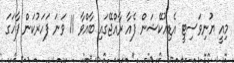
މިއީ ޔުނިވަސިޓީ އެޑިއުކޭޝަން ފެއާ ރާއްޖޭގައި ބާއްވާ 11 ވަނަ ފަހަރުކަން ފާހަގަ